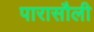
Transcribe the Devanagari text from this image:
पारासौली